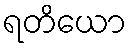
ရတိယော